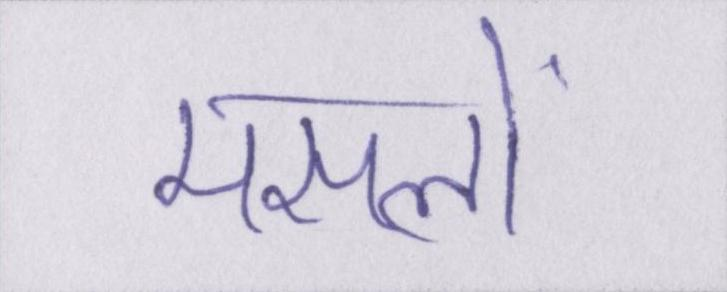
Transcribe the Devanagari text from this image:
मसलों